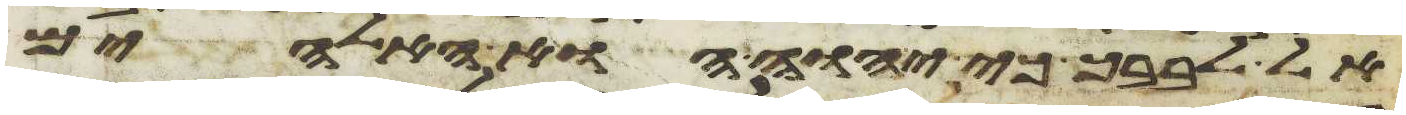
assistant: אל לבבך כי יהוה הוא האלהים